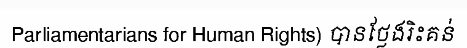
Parliamentarians for Human Rights) បានថ្លែងរិះគន់